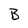
Character: B